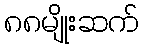
၈၈မျိုးဆက်